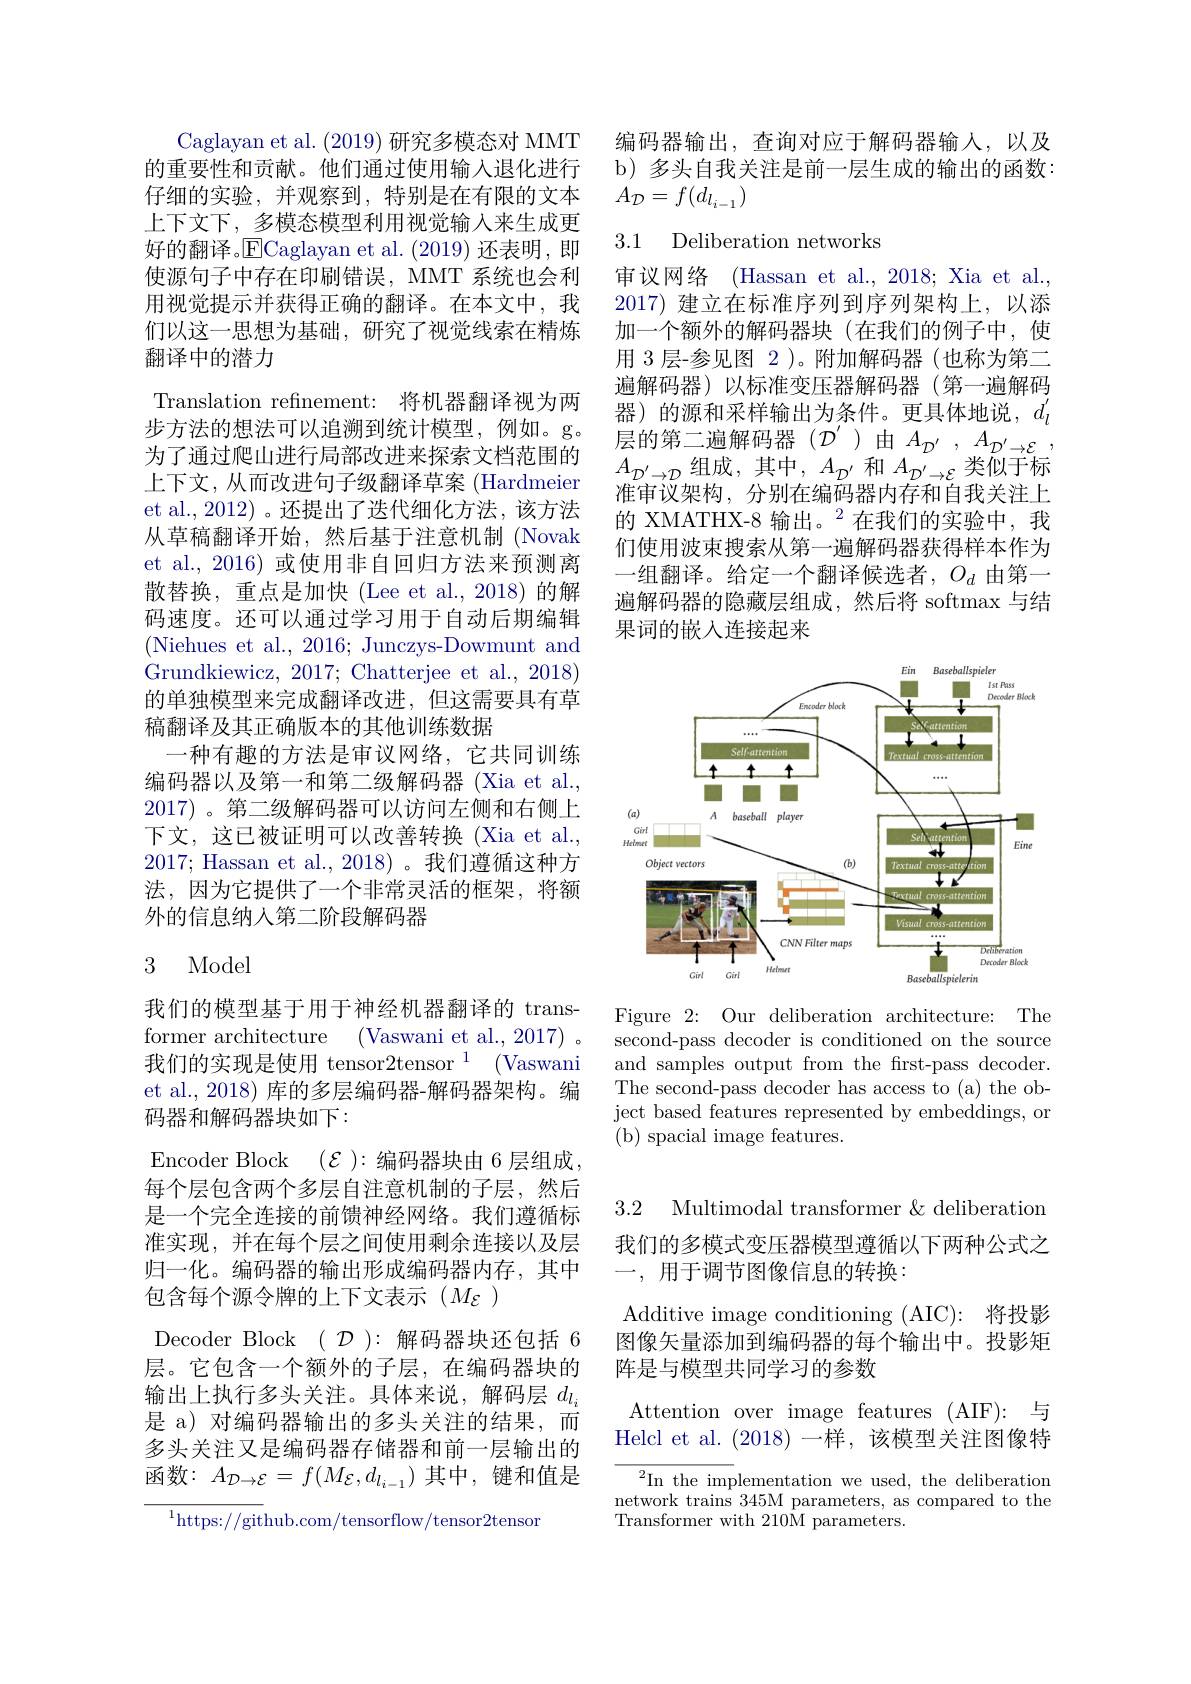
Caglayan et al. (2019)研究多模态对 MMT 的重要性和贡献。他们通过使用输入退化进行仔细的实验，并观察到，特别是在有限的文本上下文下，多模态模型利用视觉输入来生成更好的翻译。$\overline{\mathrm{E}}$Caglayan et al.(2019) 还表明，即使源句子中存在印刷错误，MMT 系统也会利用视觉提示并获得正确的翻译。在本文中，我们以这一思想为基础，研究了视觉线索在精炼翻译中的潜力
Translation refinement: 将机器翻译视为两步方法的想法可以追溯到统计模型，例如。g。为了通过爬山进行局部改进来探索文档范围的上下文，从而改进句子级翻译草案 (Hardmeier et al., 2012) 。还提出了迭代细化方法，该方法从草稿翻译开始，然后基于注意机制 (Novak et al.,2016)或使用非自回归方法来预测离散替换，重点是加快(Lee et al.,2018)的解码速度。还可以通过学习用于自动后期编辑(Niehues et al., 2016; Junczys-Dowmunt and Grundkiewicz, 2017; Chatterjee et al., 2018) 的单独模型来完成翻译改进，但这需要具有草稿翻译及其正确版本的其他训练数据
一种有趣的方法是审议网络，它共同训练编码器以及第一和第二级解码器(Xia et al., 2017)。第二级解码器可以访问左侧和右侧上下文，这已被证明可以改善转换(Xia et al., 2017; Hassan et al., 2018)。我们遵循这种方法，因为它提供了一个非常灵活的框架，将额外的信息纳人第二阶段解码器

## 3 Model

我们的模型基于用于神经机器翻译的 transformer architecture (Vaswani et al., 2017)。我们的实现是使用 tensor$2\text{tensor}^1$ (Vaswani et al., 2018) 库的多层编码器-解码器架构。编码器和解码器块如下：
Encoder Block $(\mathcal{E}):$编码器块由 6 层组成， 每个层包含两个多层自注意机制的子层，然后是一个完全连接的前馈神经网络。我们遵循标准实现，并在每个层之间使用剩余连接以及层归一化。编码器的输出形成编码器内存，其中包含每个源令牌的上下文表示($M_{\mathcal{E}})$
Decoder Block $(\mathcal{D})$:解码器块还包括 6层。它包含一个额外的子层，在编码器块的输出上执行多头关注。具体来说，解码层$d_{l_i}$ 是 a) 对编码器输出的多头关注的结果，而多头关注又是编码器存储器和前一层输出的$函数：A_{\mathcal{D}\to\mathcal{E}}=f(M_{\mathcal{E}},d_{l_{i-1}})$其中，键和值是
$^{1}$https://github.com/tensorflow/tensor2tensor

编码器输出，查询对应于解码器输入，以及b) 多头自我关注是前一层生成的输出的函数： $A_{\mathcal{D}}=f(d_{l_{i-1}})$

## 3.1 Deliberation networks

审议网络 (Hassan et al., 2018; Xia et al. 2017)建立在标准序列到序列架构上，以添加一个额外的解码器块(在我们的例子中，使用 3 层-参见图 2 )。附加解码器(也称为第二遍解码器)以标准变压器解码器(第一遍解码器)的源和采样输出为条件。更具体地说，$d_l^{\prime}$ 层 的 第 二 遍 解 码 器 ( $\mathcal{D} ^{\prime })$由 $A_{\mathcal{D} ^{\prime }}, A_{\mathcal{D} ^{\prime }\to \mathcal{E} }$, 层 的 第 二 遍 解 码 器 ( $\mathcal{D} ^{\prime })$由 $A_{\mathcal{D} ^{\prime }}, A_{\mathcal{D} ^{\prime }\to \mathcal{E} }$, $A_{\mathcal{D}^{\prime}\to\mathcal{D}}$组成，其中$,A_\mathcal{D}^{\prime}$ 和 $A_\mathcal{D}^{\prime}\to\mathcal{E}$ 类似于标$\bar{\text{准审议架构，分别在编码器内存和自我关注上}}$ 的 XMATHX-8 输出。$^{2}$在我们的实验中，我们使用波束搜索从第一遍解码器获得样本作为一组翻译。给定一个翻译候选者，$O_d$由第一遍解码器的隐藏层组成，然后将 softmax 与结果词的嵌人连接起来

<FigureHere>

Figure 2: Our deliberation architecture: The second-pass decoder is conditioned on the source and samples output from the first-pass decoder. The second-pass decoder has access to (a) the object based features represented by embeddings, or ( b) spacial image features.

3.2 Multimodal transformer & deliberation 我们的多模式变压器模型遵循以下两种公式之一，用于调节图像信息的转换：

Additive image conditioning (AIC): 将投影图像矢量添加到编码器的每个输出中。投影矩阵是与模型共同学习的参数

Attention over image features (AIF): 与Helcl et al. (2018)一样，该模型关注图像特

$^2$In the implementation we used, the deliberation network trains 345M parameters, as compared to the Transformer with 210M parameters.